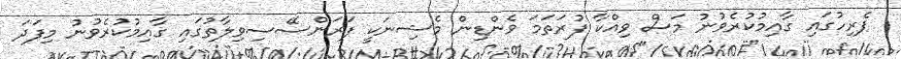
ޕެރިހުގައި ގާއިމުކުރެވުނު މަސް ވިއްކާ ފުރަތަމަ ވެންޑިން މެޝިނަކީ ފަރަންސޭސިވިލާތުގައި ގާއިމުކުރެވުނު މިފަދަ